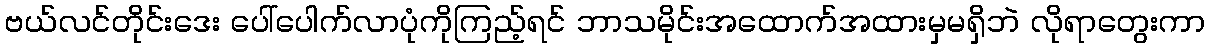
ဗယ်လင်တိုင်းဒေး ပေါ်ပေါက်လာပုံကိုကြည့်ရင် ဘာသမိုင်းအထောက်အထားမှမရှိဘဲ လိုရာတွေးကာ